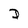
Character: D